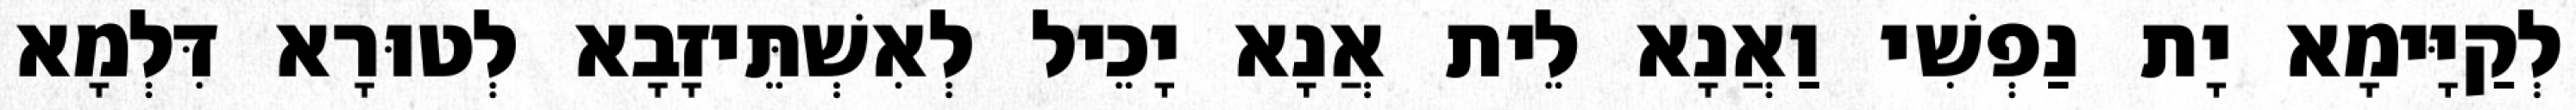
לְקַיָּימָא יָת נַפְשִׁי וַאֲנָא לֵית אֲנָא יָכֵיל לְאִשְׁתֵּיזָבָא לְטוּרָא דִּלְמָא